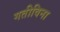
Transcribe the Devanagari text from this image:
गतीविना